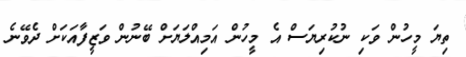
ތިޔަ މީހުން ވަކި ނުކުރިޔަސް އެ މީހުން އަމިއްލަޔަށް ބޭނުން ވަޒީފާއަކަށް ދެވޭނެ